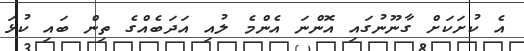
އެ ކުށަކަށް ގާނޫނުގައި އޮންނަ އެންމެ ލުއި އަދަބެއްގެ ތިން ބައި ކުޅަ